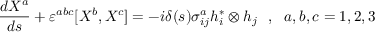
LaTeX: \frac { d X ^ { a } } { d s } + \varepsilon ^ { a b c } [ X ^ { b } , X ^ { c } ] = - i \delta ( s ) \sigma _ { i j } ^ { a } h _ { i } ^ { \ast } \otimes h _ { j } ~ ~ , ~ ~ a , b , c = 1 , 2 , 3